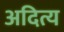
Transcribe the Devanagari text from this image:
अदित्य